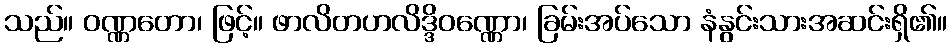
သည်။ ဝဏ္ဏတော၊ ဖြင့်။ ဖာလိတဟလိဒ္ဒိဝဏ္ဏော၊ ခြမ်းအပ်သော နံနွင်းသားအဆင်းရှိ၏။